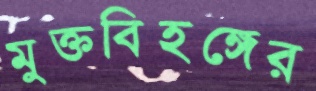
মুক্তবিহঙ্গের